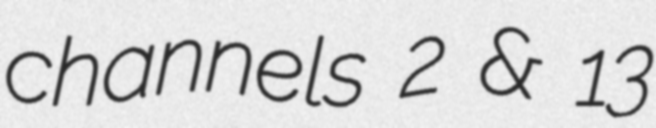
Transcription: channels 2 & 13